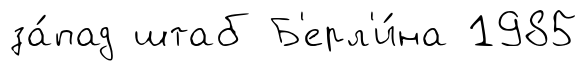
за́пад штаб Б'ерл'и́на 1985